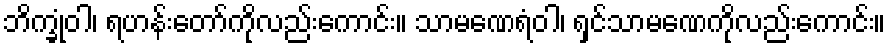
ဘိက္ခုံဝါ၊ ရဟန်းတော်ကိုလည်းကောင်း။ သာမဏေရံဝါ၊ ရှင်သာမဏေကိုလည်းကောင်း။